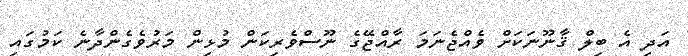
އަދި އެ ބިލް ޤާނޫނަކަށް ވެއްޖެނަމަ ރާއްޖޭގެ ނޫސްވެރިކަން މުޅިން މަރުވެގެންދާނެ ކަމުގައި